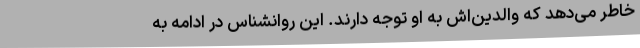
خاطر می‌دهد که والدین‌اش به او توجه دارند. این روانشناس در ادامه به